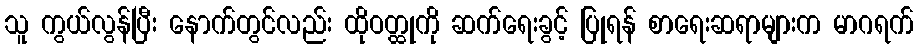
သူ ကွယ်လွန်ပြီး နောက်တွင်လည်း ထိုဝတ္ထုကို ဆက်ရေးခွင့် ပြုရန် စာရေးဆရာများက မာဂရက်